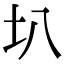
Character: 𫭗